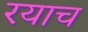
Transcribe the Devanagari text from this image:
रयाच